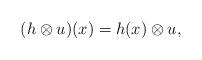
LaTeX: \begin{align*} (h\otimes u)(x)=h(x)\otimes u, \end{align*}